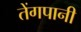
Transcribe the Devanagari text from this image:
तेंगपानी